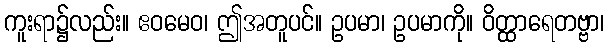
ကူးရာ၌လည်း။ ဧဝမေဝ၊ ဤအတူပင်။ ဥပမာ၊ ဥပမာကို။ ဝိတ္ထာရေတဗ္ဗာ၊